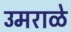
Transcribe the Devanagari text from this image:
उमराळे